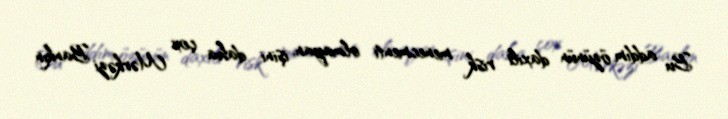
Bu addım özünün daxili risk menecmenti olmayan, işini daha çox Mərkəzi Bankın